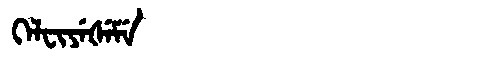
Manchu: ᡴᡝᠯᠸᡳᠶᡝᡧᡝᠮᡝ
Romanization: KELFIYEŠEME